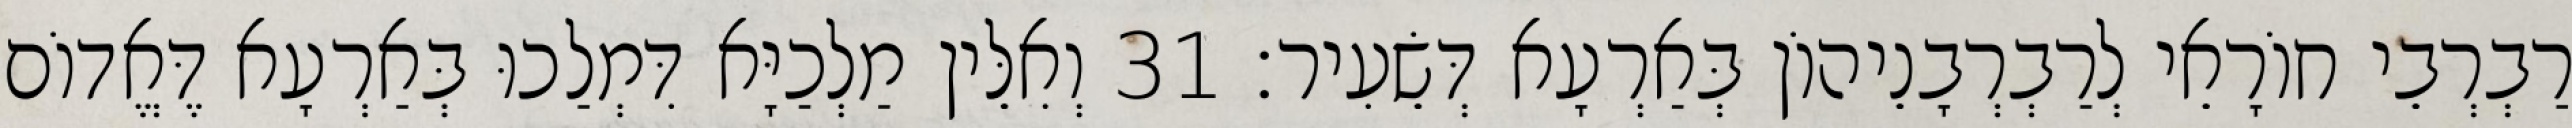
רַבְרְבֵי חוֹרָאֵי לְרַבְרְבָנֵיהוֹן בְּאַרְעָא דְּשֵׂעִיר׃ 31 וְאִלֵּין מַלְכַיָּא דִּמְלַכוּ בְּאַרְעָא דֶּאֱדוֹם